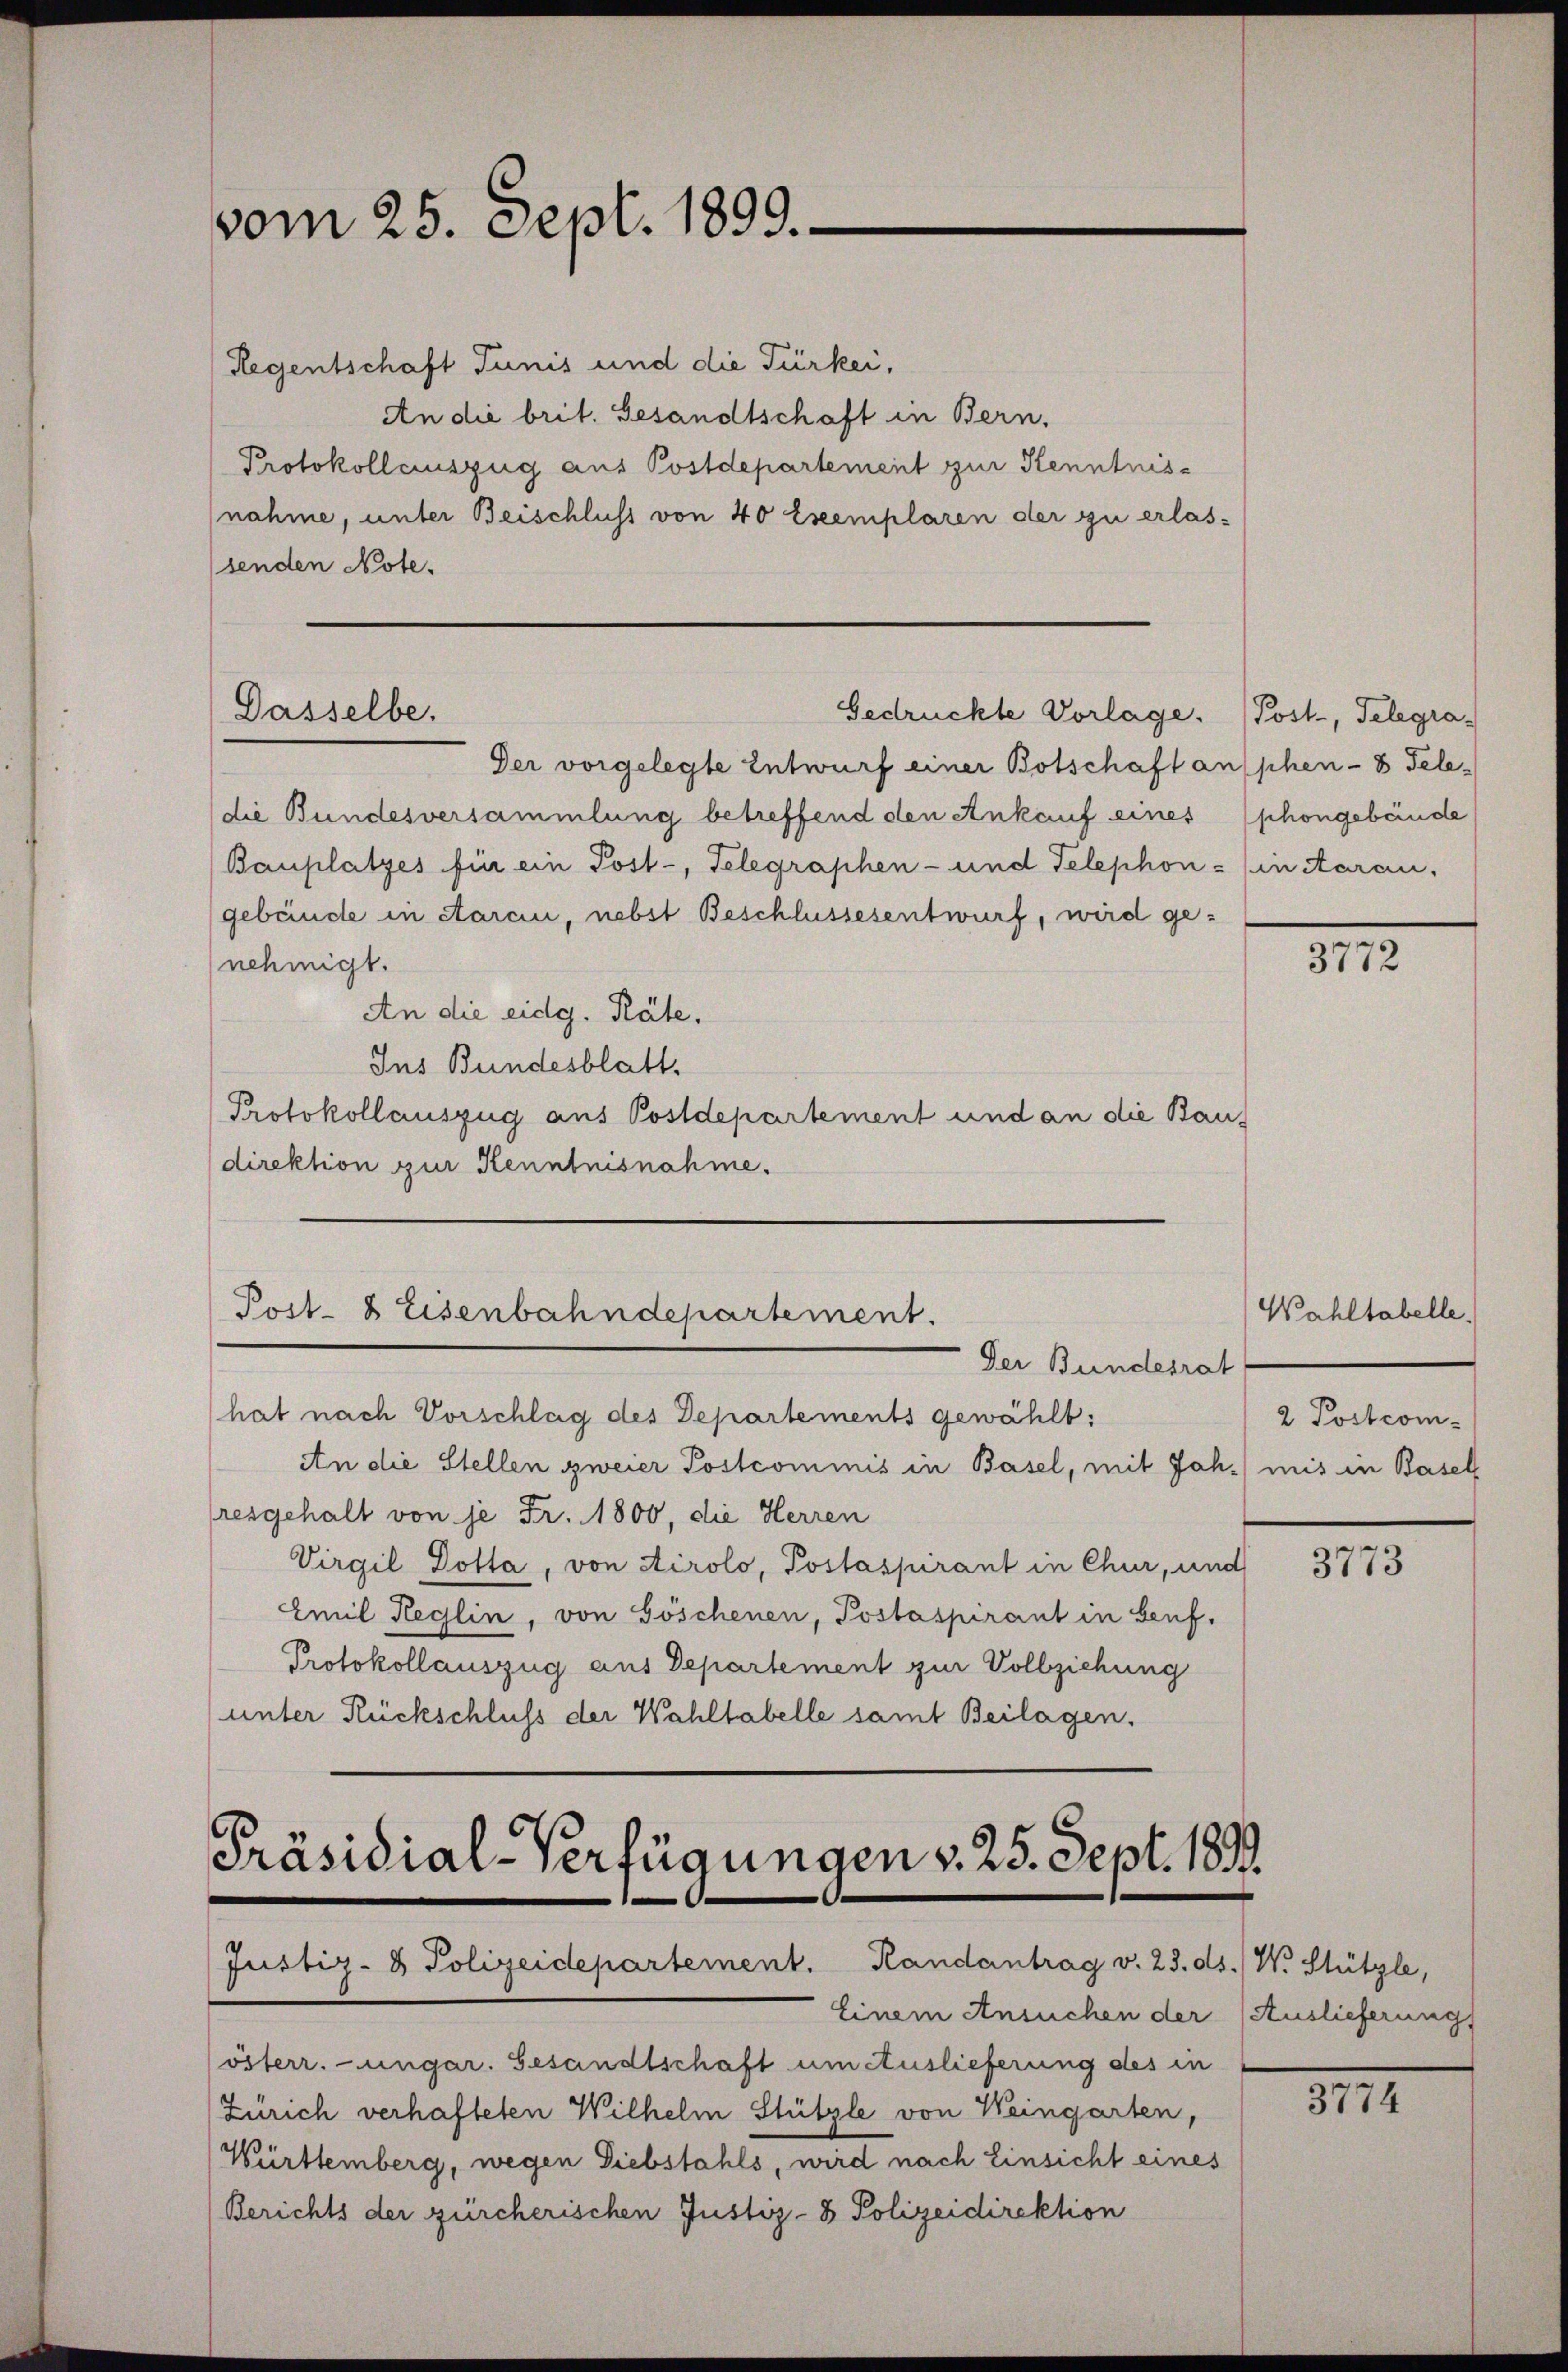
vom 25. Sept. 1899.

Regentschaft Junis und die Türkei,
An die brit. Gesandtschaft in Bern,
Protokollauszug aus Postdepartement zur Kenntnisnahme, unter Beischluss von 40 Exemplaren der zu erlas-
senden Note.

Dasselbe.
Gedrückte Vorlage. (Post, Telegra-

Der vorgelegte Entwurf einer Botschaft ansphen- 8 Teledie Bundesversammlung betreffend den Ankauf eines (phongebäude
Bauplatzes für ein Post-, Telegraphen- und Telephon - in Aarau,
gebäude in carein, nebst Beschlussesentwurf, wird genehmigt.
An die eidg. Räte.
Ins Bundesblatt.
Protokollauszug aus Postdepartement und an die Bau-
direktion zur Kenntnisnahme.
Post- & Eisenbahndepartement.
Der Bundesrat
hat nach Vorschlag des Departements gewählt:
An die Stellen zweier Postcommis in Basel, mit Jah.) mis in Basel
resgehalt von je Fr. 1800, die Herren
Virgil Dotta, von Airolo, Postaspirant in Chur, und
Emil Reglin, von Göschenen, Postaspirant in Benf.
Protokollauszug aus Departement zur Vollziehung
unter Rückschluss der Wahltabelle samt Beilagen.

Präsidial-Verfügungen v. 25. Sept. 1893.
Justiz- & Polizeidepartement. Randantrag v. 23. ds. W. Stützle,

Einem Ansuchen der
österr.-ungar. Gesandtschaft um Auslieferung des in
Zürich verhafteten Wilhelm Stützle von Weingarten,
Württemberg, wegen Diebstahls, wird nach Einsicht eines
Berichts der zürcherischen Justiz- & Polizeidirektion

Wahltabelle
2 Postcom-

3772

3773

Auslieferung

312